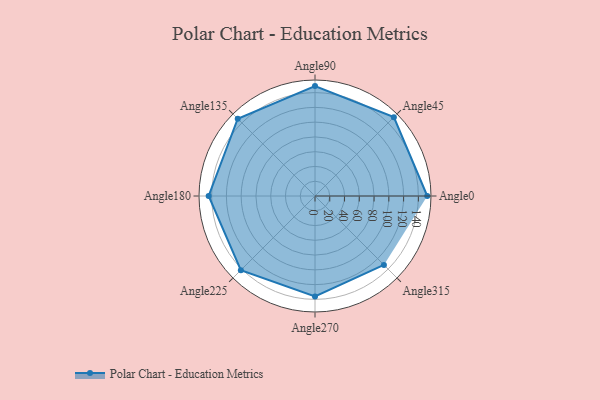
{"axis": {"x": "Angle", "y": "Radius"}, "legend": [""], "data": [{"x": "Angle0", "y": 152.0, "type": ""}, {"x": "Angle45", "y": 151.0, "type": ""}, {"x": "Angle90", "y": 149.0, "type": ""}, {"x": "Angle135", "y": 148.0, "type": ""}, {"x": "Angle180", "y": 144.0, "type": ""}, {"x": "Angle225", "y": 142.0, "type": ""}, {"x": "Angle270", "y": 136.0, "type": ""}, {"x": "Angle315", "y": 132.0, "type": ""}]}